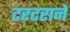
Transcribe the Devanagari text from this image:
टरटराने